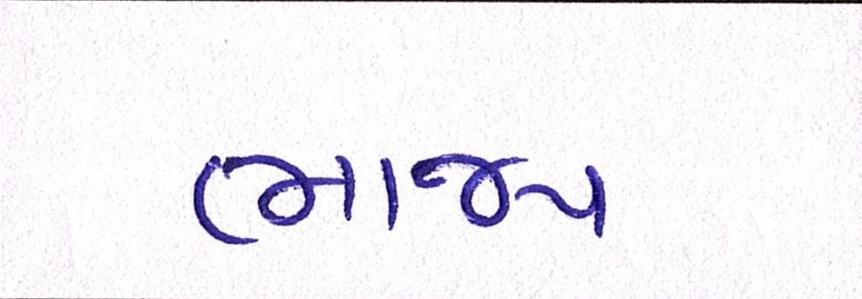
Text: ભાજપ